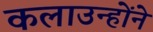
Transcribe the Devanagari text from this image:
कलाउन्होंने